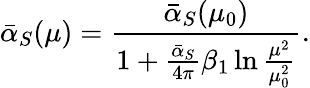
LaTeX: \bar{\alpha}_{S}(\mu)=\frac{\bar{\alpha}_{S}(\mu_{0})}{1+\frac{\bar{\alpha}_{S}}{4\pi}\beta_{1}\ln\frac{\mu^{2}}{\mu_{0}^{2}}}.